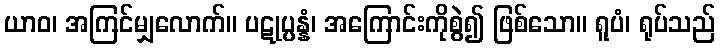
ယာဝ၊ အကြင်မျှလောက်။ ပဋုပ္ပန္နံ၊ အကြောင်းကိုစွဲ၍ ဖြစ်သော။ ရူပံ၊ ရုပ်သည်